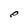
Character: e